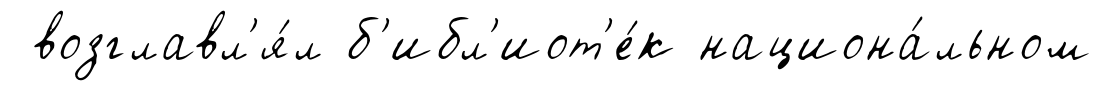
возглавл'я́л б'ибл'иот'е́к национа́льном